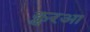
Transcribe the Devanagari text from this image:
क़ु़रआ